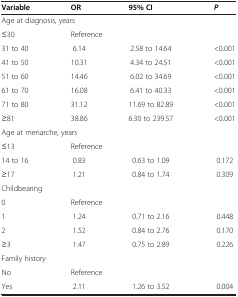
<table><thead><tr><td><b>Variable</b></td><td><b>OR</b></td><td><b>95% CI</b></td><td><b><i>P</i></b></td></tr></thead><tbody><tr><td colspan="4">Age at diagnosis, years</td></tr><tr><td>≤30</td><td colspan="3">Reference</td></tr><tr><td>31 to 40</td><td>6.14</td><td>2.58 to 14.64</td><td>&lt;0.001</td></tr><tr><td>41 to 50</td><td>10.31</td><td>4.34 to 24.51</td><td>&lt;0.001</td></tr><tr><td>51 to 60</td><td>14.46</td><td>6.02 to 34.69</td><td>&lt;0.001</td></tr><tr><td>61 to 70</td><td>16.08</td><td>6.41 to 40.33</td><td>&lt;0.001</td></tr><tr><td>71 to 80</td><td>31.12</td><td>11.69 to 82.89</td><td>&lt;0.001</td></tr><tr><td>≥81</td><td>38.86</td><td>6.30 to 239.57</td><td>&lt;0.001</td></tr><tr><td colspan="4">Age at menarche, years</td></tr><tr><td>≤13</td><td colspan="3">Reference</td></tr><tr><td>14 to 16</td><td>0.83</td><td>0.63 to 1.09</td><td>0.172</td></tr><tr><td>≥17</td><td>1.21</td><td>0.84 to 1.74</td><td>0.309</td></tr><tr><td colspan="4">Childbearing</td></tr><tr><td>0</td><td colspan="3">Reference</td></tr><tr><td>1</td><td>1.24</td><td>0.71 to 2.16</td><td>0.448</td></tr><tr><td>2</td><td>1.52</td><td>0.84 to 2.76</td><td>0.170</td></tr><tr><td>≥3</td><td>1.47</td><td>0.75 to 2.89</td><td>0.226</td></tr><tr><td colspan="4">Family history</td></tr><tr><td>No</td><td colspan="3">Reference</td></tr><tr><td>Yes</td><td>2.11</td><td>1.26 to 3.52</td><td>0.004</td></tr></tbody></table>